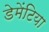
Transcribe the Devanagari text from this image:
डेमेंटिया